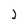
Character: 2